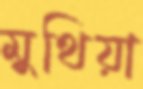
মুথিয়া